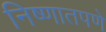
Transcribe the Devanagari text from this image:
निष्णातपणे